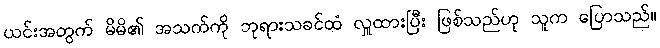
ယင်းအတွက် မိမိ၏ အသက်ကို ဘုရားသခင်ထံ လှူထားပြီး ဖြစ်သည်ဟု သူက ပြောသည်။